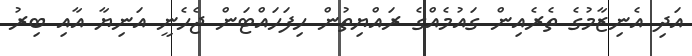
އަދި އެނިޒާމުގެ ތެރެއިން ގައުމެއްގެ ރައްޔިތުން ހިފަހައްޓަން ޖެހެނީ އަނިޔާ އާއި ބިރު